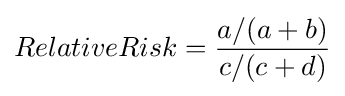
RelativeRisk={a/(a+b) \over c/(c+d)}